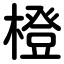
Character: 橙